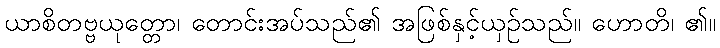
ယာစိတဗ္ဗယုတ္တော၊ တောင်းအပ်သည်၏ အဖြစ်နှင့်ယှဉ်သည်။ ဟောတိ၊ ၏။